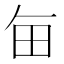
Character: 𤰗